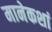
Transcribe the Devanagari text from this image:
मानेकशां